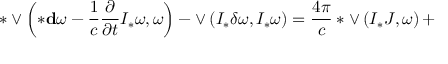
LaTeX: * \vee \left( * { \bf d } \omega - \frac 1 c \frac { \partial } { \partial t } { \cal I } _ { * } \omega , \omega \right) - \vee \left( { \cal I } _ { * } \delta \omega , { \cal I } _ { * } \omega \right) = \frac { 4 \pi } { c } * \vee \left( { \cal I } _ { * } { \cal J } , \omega \right) +